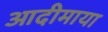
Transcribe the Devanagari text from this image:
आदीमाया